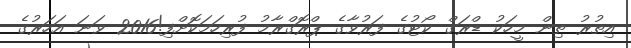
އިތުރު ތިން މީހަކު ޑްރަގް ކޯޓުގެ ފަރުވާގެ ޕްރޮގްރާމު ފުރިހަމަކޮށްފި!2016 ވަނަ އަހަރުގެ